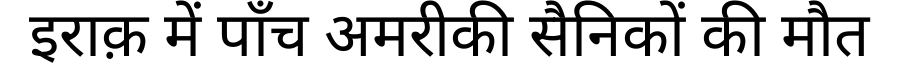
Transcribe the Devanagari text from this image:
इराक़ में पाँच अमरीकी सैनिकों की मौत